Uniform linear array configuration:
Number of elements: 48
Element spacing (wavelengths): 0.75
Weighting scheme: blackman
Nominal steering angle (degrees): -30
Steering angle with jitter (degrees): -29.132
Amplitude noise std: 0.05
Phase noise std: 0.05

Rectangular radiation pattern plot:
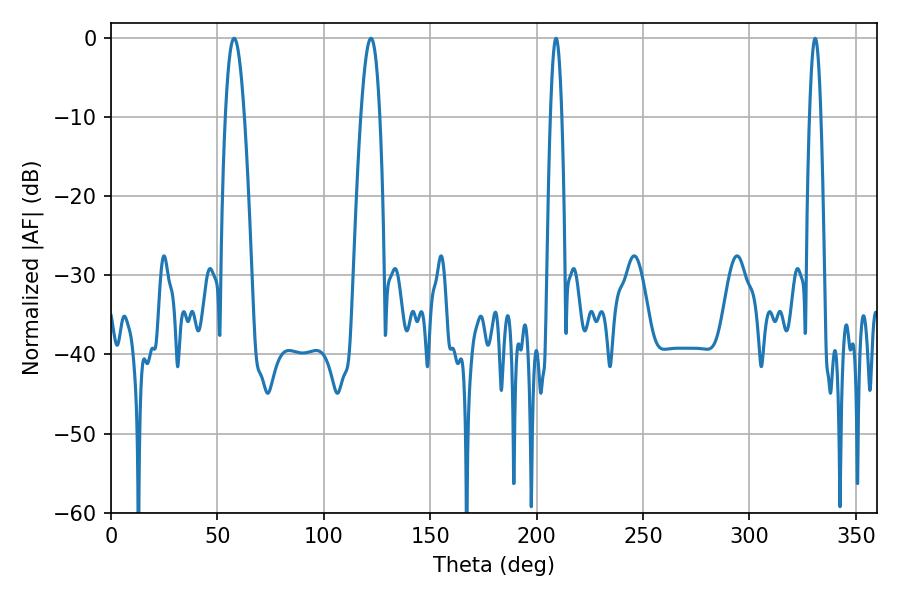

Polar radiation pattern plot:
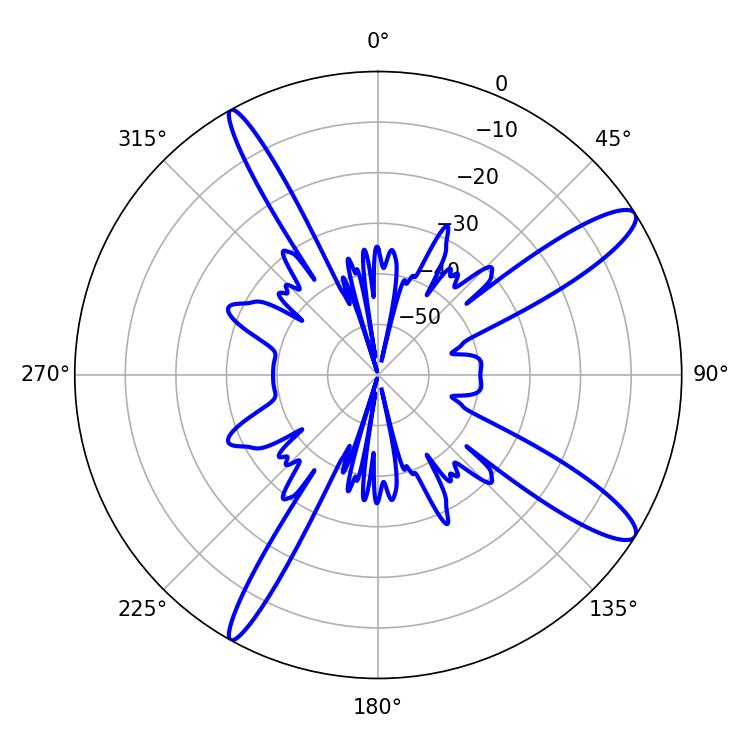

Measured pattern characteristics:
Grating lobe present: TRUE
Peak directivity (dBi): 12.912
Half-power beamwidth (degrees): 2.88
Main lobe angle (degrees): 330.84